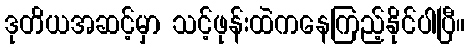
ဒုတိယအဆင့်မှာ သင့်ဖုန်းထဲကနေကြည့်နိုင်ပါပြီ။